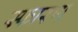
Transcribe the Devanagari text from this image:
स्फारण